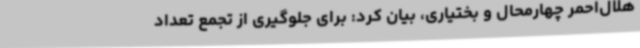
هلال‌احمر چهارمحال و بختیاری، بیان کرد: برای جلوگیری از تجمع تعداد